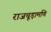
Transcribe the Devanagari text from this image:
राजचूड़ामणि